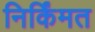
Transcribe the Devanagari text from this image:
निर्किंमत